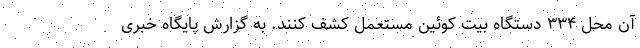
آن محل ۳۳۴ دستگاه بیت کوئین مستعمل کشف کنند. به گزارش پایگاه خبری